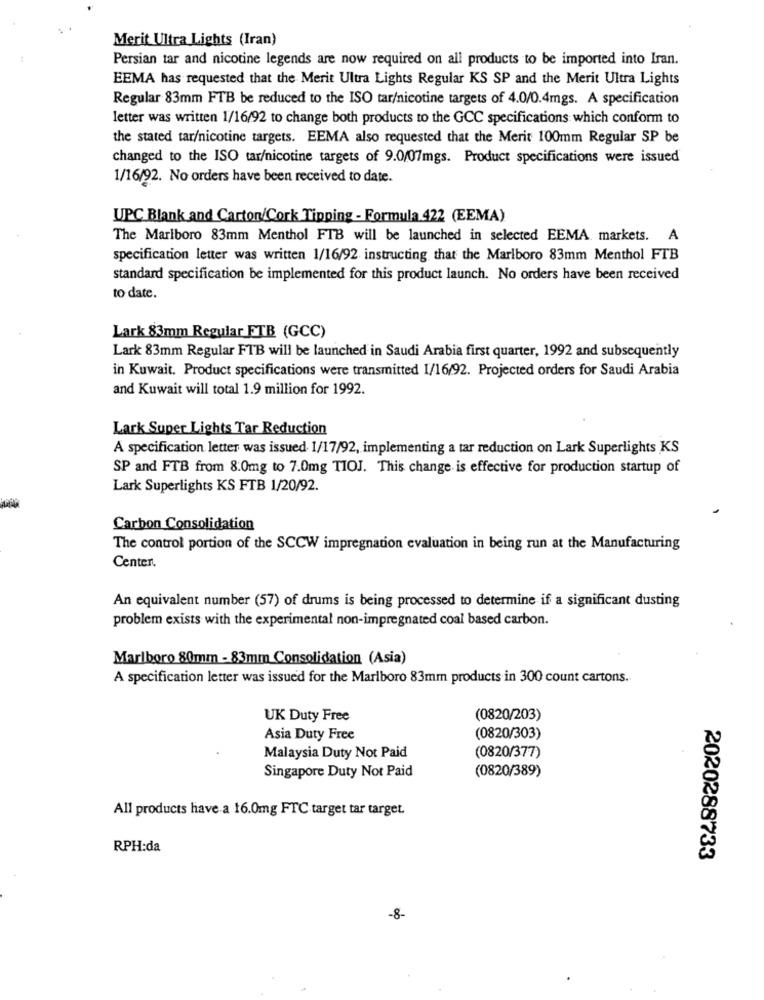
Merit Ultra Lights (Iran)
Persian tar and nicotine legends are now required on all products to be imported into Iran.
EEMA has requested that the Merit Ultra Lights Regular KS SP and the Merit Ultra Lights
Regular 83mm FTB be reduced to the ISO tar/nicotine targets of 4.0/0.4mgs. A specification
letter was written 1/16/92 to change both products to the GCC specifications which conform to
the stated tar/nicotine targets. EEMA also requested that the Merit 100mm Regular SP be
changed to the ISO tar/nicotine targets of 9.0/07mgs. Product specifications were issued
1/16/92. No orders have been received to date.
UPC Blank and Carton/Cork Tipping - Formula 422 (EEMA)
The Marlboro 83mm Menthol FTB will be launched in selected EEMA markets. A
specification letter was written 1/16/92 instructing that the Marlboro 83mm Menthol FTB
standard specification be implemented for this product launch. No orders have been received
to date.
Lark 83mm Regular FTB (GCC)
Lark 83mm Regular FTB will be launched in Saudi Arabia first quarter, 1992 and subsequently
in Kuwait. Product specifications were transmitted 1/16/92. Projected orders for Saudi Arabia
and Kuwait will total 1.9 million for 1992.
Lark Super Lights Tar Reduction
A specification letter was issued 1/17/92, implementing a tar reduction on Lark Superlights KS
SP and FTB from 8:0mg to 7.0mg TIOJ. This change is effective for production startup of
Lark Superlights KS FTB 1/20/92.
Carbon Consolidation
The control portion of the SCCW impregnation evaluation in being run at the Manufacturing
Center.
An equivalent number (57) of drums is being processed to determine if a significant dusting
problem exists with the experimental non-impregnated coal based carbon.
Marlboro 80mm - 83mm Consolidation (Asia)
A specification letter was issued for the Marlboro 83mm products in 300 count cartons.
UK Duty Free
(0820/203)
Asia Duty Free
(0820/303)
Malaysia Duty Not Paid
(0820/377)
Singapore Duty Not Paid
(0820/389)
All products have a 16.0mg FTC target tar target.
RPH:da
2020288733
-8-